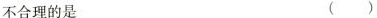
不合理的是 ( )